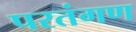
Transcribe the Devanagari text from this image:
परतंगण